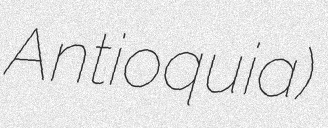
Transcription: Antioquia)